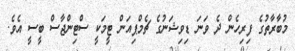
މުބާރާތުގެ ފިރިހެން ދެ ވަނަ ޑިވިޝަނުގެ ޗެމްޕިއަން ޓީމަކީ ސްޓިންޖާސް ބީސީ އެވެ.